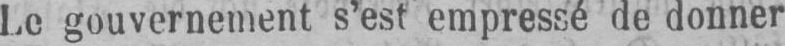
Le gouvernement s’est empressé de donner